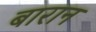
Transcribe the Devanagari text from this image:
बारान